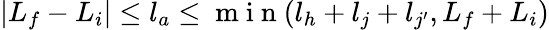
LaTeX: \vert{L}_{f}-{L}_{i}\vert\leq l_{a}\leq\mathrm{~m~i~n~}(l_{h}+l_{j}+l_{j^{\prime}},{L}_{f}+{L}_{i})